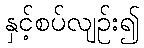
နှင့်စပ်လျဉ်း၍